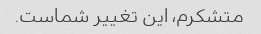
متشکرم، این تغییر شماست.